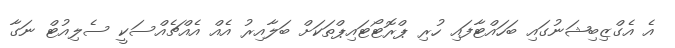
އެ އެގްޒިބިޝަނުގައި ބަހައްޓާފައި ހުރި ޕްރޮޓޯޓައިޕްތަކަށް ބަލާއިރު އެއް އެއްޗެއްސަކީ ސެލިއުޓް ނަގާ